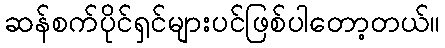
ဆန်စက်ပိုင်ရှင်များပင်ဖြစ်ပါတော့တယ်။